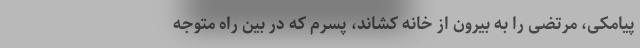
پیامکی، مرتضی را به بیرون از خانه کشاند، پسرم که در بین راه متوجه